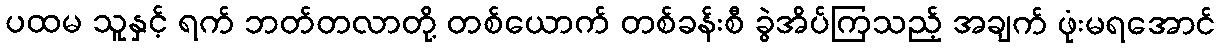
ပထမ သူနှင့် ရက် ဘတ်တလာတို့ တစ်ယောက် တစ်ခန်းစီ ခွဲအိပ်ကြသည့် အချက် ဖုံးမရအောင်